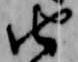
由